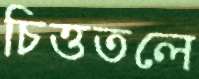
চিত্ততলে